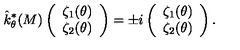
\hat { k } _ { \theta } ^ { * } ( M ) \left( \begin{array} { c } { \zeta _ { 1 } ( \theta ) } \\ { \zeta _ { 2 } ( \theta ) } \\ \end{array} \right) = \pm i \left( \begin{array} { c } { \zeta _ { 1 } ( \theta ) } \\ { \zeta _ { 2 } ( \theta ) } \\ \end{array} \right) .